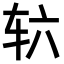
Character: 𮝳